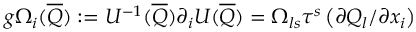
g \Omega _ { i } ( \overline { { Q } } ) : = U ^ { - 1 } ( \overline { { Q } } ) \partial _ { i } U ( \overline { { Q } } ) = \Omega _ { l s } \tau ^ { s } \left( \partial Q _ { l } / \partial x _ { i } \right)